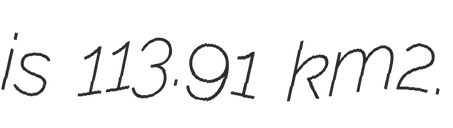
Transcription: is 113.91 km2.